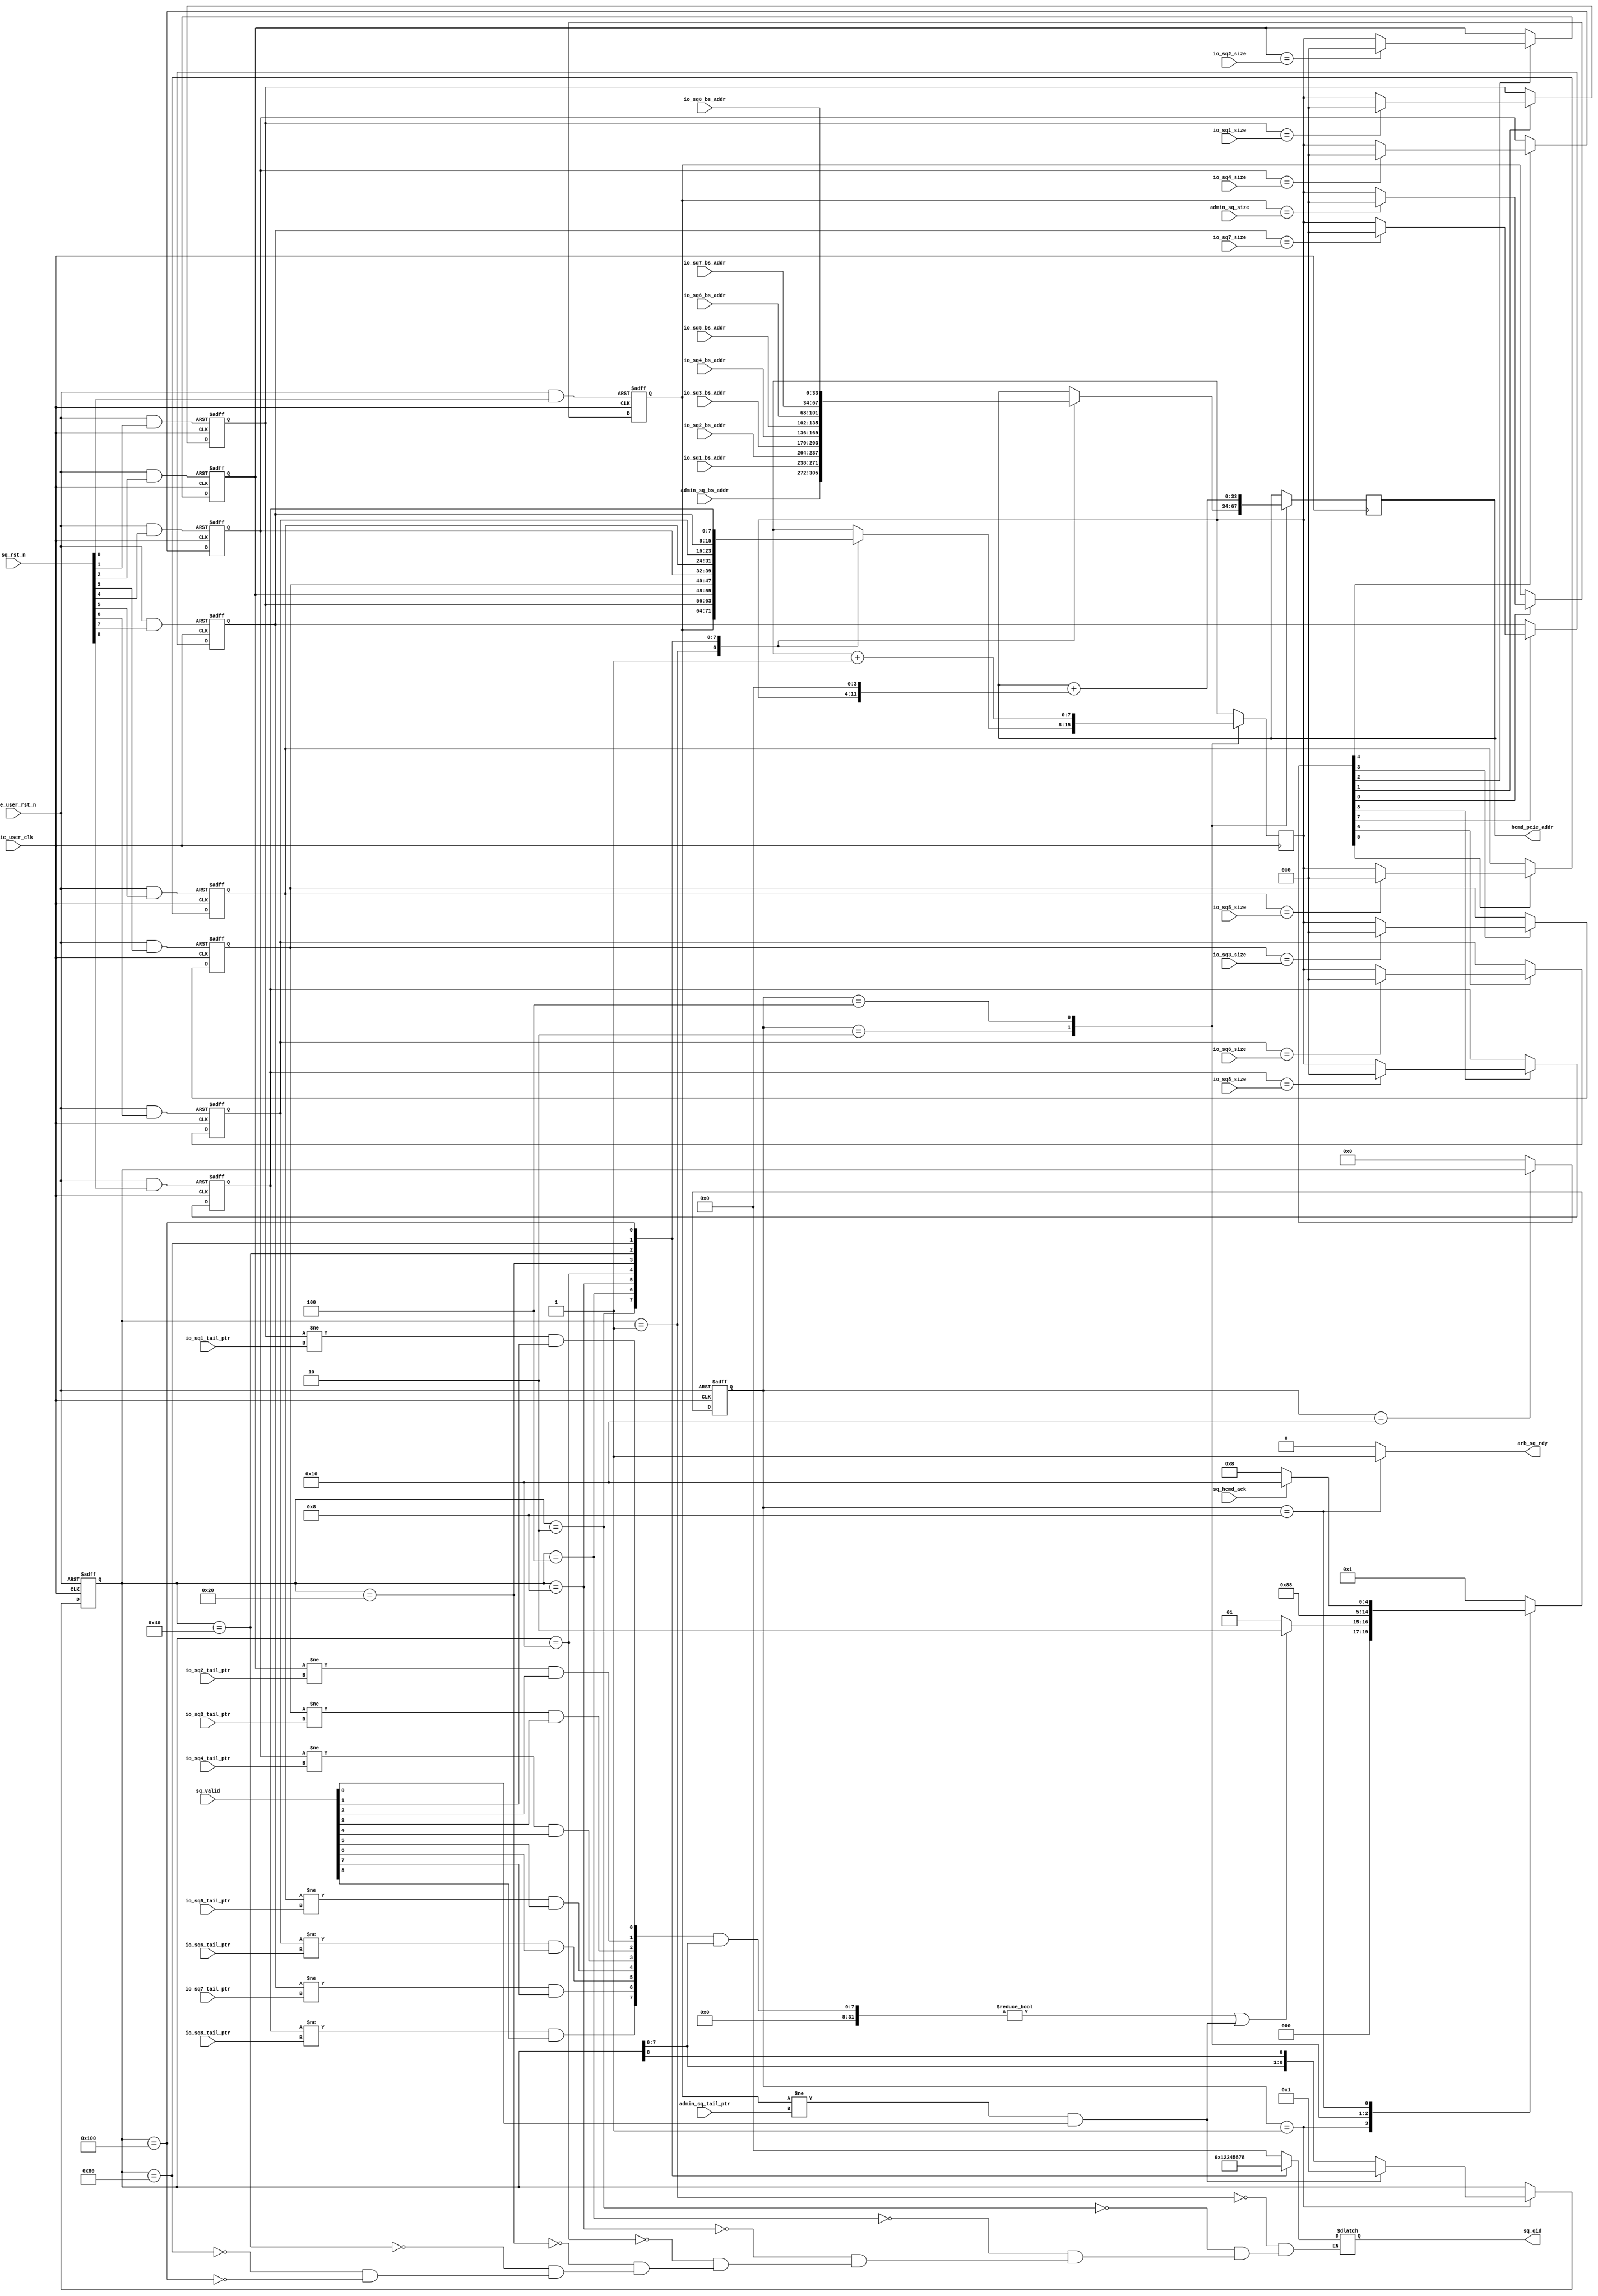

/*
----------------------------------------------------------------------------------
Copyright (c) 2013-2014

  Embedded and Network Computing Lab.
  Open SSD Project
  Hanyang University

All rights reserved.

----------------------------------------------------------------------------------

Redistribution and use in source and binary forms, with or without
modification, are permitted provided that the following conditions are
met:

  1. Redistributions of source code must retain the above copyright
     notice, this list of conditions and the following disclaimer.

  2. Redistributions in binary form must reproduce the above copyright
     notice, this list of conditions and the following disclaimer in the
     documentation and/or other materials provided with the distribution.

  3. All advertising materials mentioning features or use of this source code
     must display the following acknowledgement:
     This product includes source code developed 
     by the Embedded and Network Computing Lab. and the Open SSD Project.

THIS SOFTWARE IS PROVIDED BY THE COPYRIGHT HOLDERS AND CONTRIBUTORS "AS IS" AND
ANY EXPRESS OR IMPLIED WARRANTIES, INCLUDING, BUT NOT LIMITED TO, THE IMPLIED
WARRANTIES OF MERCHANTABILITY AND FITNESS FOR A PARTICULAR PURPOSE ARE
DISCLAIMED. IN NO EVENT SHALL THE COPYRIGHT OWNER OR CONTRIBUTORS BE LIABLE FOR
ANY DIRECT, INDIRECT, INCIDENTAL, SPECIAL, EXEMPLARY, OR CONSEQUENTIAL DAMAGES
(INCLUDING, BUT NOT LIMITED TO, PROCUREMENT OF SUBSTITUTE GOODS OR SERVICES;
LOSS OF USE, DATA, OR PROFITS; OR BUSINESS INTERRUPTION) HOWEVER CAUSED AND
ON ANY THEORY OF LIABILITY, WHETHER IN CONTRACT, STRICT LIABILITY, OR TORT
(INCLUDING NEGLIGENCE OR OTHERWISE) ARISING IN ANY WAY OUT OF THE USE OF THIS
SOFTWARE, EVEN IF ADVISED OF THE POSSIBILITY OF SUCH DAMAGE.

----------------------------------------------------------------------------------

http://enclab.hanyang.ac.kr/
http://www.openssd-project.org/
http://www.hanyang.ac.kr/

----------------------------------------------------------------------------------
*/


`timescale 1ns / 1ps


module pcie_hcmd_sq_arb # (
	parameter	C_PCIE_DATA_WIDTH			= 128,
	parameter	C_PCIE_ADDR_WIDTH			= 36
)
(
	input									pcie_user_clk,
	input									pcie_user_rst_n,

	input	[8:0]							sq_rst_n,
	input	[8:0]							sq_valid,

	input	[7:0]							admin_sq_size,
	input	[7:0]							io_sq1_size,
	input	[7:0]							io_sq2_size,
	input	[7:0]							io_sq3_size,
	input	[7:0]							io_sq4_size,
	input	[7:0]							io_sq5_size,
	input	[7:0]							io_sq6_size,
	input	[7:0]							io_sq7_size,
	input	[7:0]							io_sq8_size,

	input	[C_PCIE_ADDR_WIDTH-1:2]			admin_sq_bs_addr,
	input	[C_PCIE_ADDR_WIDTH-1:2]			io_sq1_bs_addr,
	input	[C_PCIE_ADDR_WIDTH-1:2]			io_sq2_bs_addr,
	input	[C_PCIE_ADDR_WIDTH-1:2]			io_sq3_bs_addr,
	input	[C_PCIE_ADDR_WIDTH-1:2]			io_sq4_bs_addr,
	input	[C_PCIE_ADDR_WIDTH-1:2]			io_sq5_bs_addr,
	input	[C_PCIE_ADDR_WIDTH-1:2]			io_sq6_bs_addr,
	input	[C_PCIE_ADDR_WIDTH-1:2]			io_sq7_bs_addr,
	input	[C_PCIE_ADDR_WIDTH-1:2]			io_sq8_bs_addr,

	input	[7:0]							admin_sq_tail_ptr,
	input	[7:0]							io_sq1_tail_ptr,
	input	[7:0]							io_sq2_tail_ptr,
	input	[7:0]							io_sq3_tail_ptr,
	input	[7:0]							io_sq4_tail_ptr,
	input	[7:0]							io_sq5_tail_ptr,
	input	[7:0]							io_sq6_tail_ptr,
	input	[7:0]							io_sq7_tail_ptr,
	input	[7:0]							io_sq8_tail_ptr,

	output									arb_sq_rdy,
	output	[3:0]							sq_qid,
	output	[C_PCIE_ADDR_WIDTH-1:2]			hcmd_pcie_addr,
	input									sq_hcmd_ack

);

localparam	S_ARB_HCMD						= 5'b00001;
localparam	S_LOAD_HEAD_PTR					= 5'b00010;
localparam	S_CALC_ADDR						= 5'b00100;
localparam	S_GNT_HCMD						= 5'b01000;
localparam	S_UPDATE_HEAD_PTR				= 5'b10000;

reg		[4:0]								cur_state;
reg		[4:0]								next_state;

reg		[7:0]								r_admin_sq_head_ptr;
reg		[7:0]								r_io_sq1_head_ptr;
reg		[7:0]								r_io_sq2_head_ptr;
reg		[7:0]								r_io_sq3_head_ptr;
reg		[7:0]								r_io_sq4_head_ptr;
reg		[7:0]								r_io_sq5_head_ptr;
reg		[7:0]								r_io_sq6_head_ptr;
reg		[7:0]								r_io_sq7_head_ptr;
reg		[7:0]								r_io_sq8_head_ptr;

reg											r_arb_sq_rdy;
reg		[3:0]								r_sq_qid;
reg		[7:0]								r_sq_head_ptr;
reg		[C_PCIE_ADDR_WIDTH-1:2]				r_hcmd_pcie_addr;


wire	[8:0]								w_sq_entry_valid;
wire										w_sq_entry_valid_ok;
reg		[8:0]								r_sq_entry_valid;
wire	[8:0]								w_sq_valid_mask;
reg		[8:0]								r_sq_update_entry;

wire	[8:0]								w_sq_rst_n;

assign arb_sq_rdy = r_arb_sq_rdy;
assign sq_qid = r_sq_qid;
assign hcmd_pcie_addr = r_hcmd_pcie_addr;

assign w_sq_entry_valid[0] = (r_admin_sq_head_ptr != admin_sq_tail_ptr) & sq_valid[0];
assign w_sq_entry_valid[1] = (r_io_sq1_head_ptr != io_sq1_tail_ptr) & sq_valid[1];
assign w_sq_entry_valid[2] = (r_io_sq2_head_ptr != io_sq2_tail_ptr) & sq_valid[2];
assign w_sq_entry_valid[3] = (r_io_sq3_head_ptr != io_sq3_tail_ptr) & sq_valid[3];
assign w_sq_entry_valid[4] = (r_io_sq4_head_ptr != io_sq4_tail_ptr) & sq_valid[4];
assign w_sq_entry_valid[5] = (r_io_sq5_head_ptr != io_sq5_tail_ptr) & sq_valid[5];
assign w_sq_entry_valid[6] = (r_io_sq6_head_ptr != io_sq6_tail_ptr) & sq_valid[6];
assign w_sq_entry_valid[7] = (r_io_sq7_head_ptr != io_sq7_tail_ptr) & sq_valid[7];
assign w_sq_entry_valid[8] = (r_io_sq8_head_ptr != io_sq8_tail_ptr) & sq_valid[8];

assign w_sq_valid_mask = {r_sq_entry_valid[7:0], r_sq_entry_valid[8]};
assign w_sq_entry_valid_ok = ((w_sq_entry_valid[8:1] & w_sq_valid_mask[8:1]) != 0) | w_sq_entry_valid[0];

always @ (posedge pcie_user_clk or negedge pcie_user_rst_n)
begin
	if(pcie_user_rst_n == 0)
		cur_state <= S_ARB_HCMD;
	else
		cur_state <= next_state;
end

always @ (*)
begin
	case(cur_state)
		S_ARB_HCMD: begin
			if(w_sq_entry_valid_ok == 1)
				next_state <= S_LOAD_HEAD_PTR;
			else
				next_state <= S_ARB_HCMD;
		end
		S_LOAD_HEAD_PTR: begin
			next_state <= S_CALC_ADDR;
		end
		S_CALC_ADDR: begin
			next_state <= S_GNT_HCMD;
		end
		S_GNT_HCMD: begin
			if(sq_hcmd_ack == 1)
				next_state <= S_UPDATE_HEAD_PTR;
			else
				next_state <= S_GNT_HCMD;
		end
		S_UPDATE_HEAD_PTR: begin
			next_state <= S_ARB_HCMD;
		end
		default: begin
			next_state <= S_ARB_HCMD;
		end
	endcase
end

always @ (posedge pcie_user_clk or negedge pcie_user_rst_n)
begin
	if(pcie_user_rst_n == 0) begin
		r_sq_entry_valid <= 1;
	end
	else begin
		case(cur_state)
			S_ARB_HCMD: begin
				if(w_sq_entry_valid[0] == 1)
					r_sq_entry_valid <= 1;
				else
					r_sq_entry_valid <= w_sq_valid_mask;
			end
			S_LOAD_HEAD_PTR: begin

			end
			S_CALC_ADDR: begin

			end
			S_GNT_HCMD: begin

			end
			S_UPDATE_HEAD_PTR: begin

			end
			default: begin

			end
		endcase
	end
end

always @ (posedge pcie_user_clk)
begin
	case(cur_state)
		S_ARB_HCMD: begin

		end
		S_LOAD_HEAD_PTR: begin
			case(r_sq_entry_valid) // synthesis parallel_case full_case
				9'b000000001: begin
					r_hcmd_pcie_addr <= admin_sq_bs_addr;
					r_sq_head_ptr <= r_admin_sq_head_ptr;
				end
				9'b000000010: begin
					r_hcmd_pcie_addr <= io_sq1_bs_addr;
					r_sq_head_ptr <= r_io_sq1_head_ptr;
				end
				9'b000000100: begin
					r_hcmd_pcie_addr <= io_sq2_bs_addr;
					r_sq_head_ptr <= r_io_sq2_head_ptr;
				end
				9'b000001000: begin
					r_hcmd_pcie_addr <= io_sq3_bs_addr;
					r_sq_head_ptr <= r_io_sq3_head_ptr;
				end
				9'b000010000: begin
					r_hcmd_pcie_addr <= io_sq4_bs_addr;
					r_sq_head_ptr <= r_io_sq4_head_ptr;
				end
				9'b000100000: begin
					r_hcmd_pcie_addr <= io_sq5_bs_addr;
					r_sq_head_ptr <= r_io_sq5_head_ptr;
				end
				9'b001000000: begin
					r_hcmd_pcie_addr <= io_sq6_bs_addr;
					r_sq_head_ptr <= r_io_sq6_head_ptr;
				end
				9'b010000000: begin
					r_hcmd_pcie_addr <= io_sq7_bs_addr;
					r_sq_head_ptr <= r_io_sq7_head_ptr;
				end
				9'b100000000: begin
					r_hcmd_pcie_addr <= io_sq8_bs_addr;
					r_sq_head_ptr <= r_io_sq8_head_ptr;
				end
			endcase
		end
		S_CALC_ADDR: begin
			r_hcmd_pcie_addr <= r_hcmd_pcie_addr + {r_sq_head_ptr, 4'b0};
			r_sq_head_ptr <= r_sq_head_ptr + 1;
		end
		S_GNT_HCMD: begin

		end
		S_UPDATE_HEAD_PTR: begin

		end
		default: begin

		end
	endcase
end

always @ (*)
begin
	case(cur_state)
		S_ARB_HCMD: begin
			r_arb_sq_rdy <= 0;
			r_sq_update_entry <= 0;
		end
		S_LOAD_HEAD_PTR: begin
			r_arb_sq_rdy <= 0;
			r_sq_update_entry <= 0;
		end
		S_CALC_ADDR: begin
			r_arb_sq_rdy <= 0;
			r_sq_update_entry <= 0;
		end
		S_GNT_HCMD: begin
			r_arb_sq_rdy <= 1;
			r_sq_update_entry <= 0;
		end
		S_UPDATE_HEAD_PTR: begin
			r_arb_sq_rdy <= 0;
			r_sq_update_entry <= r_sq_entry_valid;
		end
		default: begin
			r_arb_sq_rdy <= 0;
			r_sq_update_entry <= 0;
		end
	endcase
end

always @ (*)
begin
	case(r_sq_entry_valid) // synthesis parallel_case full_case
		9'b000000001: r_sq_qid <= 4'h0;
		9'b000000010: r_sq_qid <= 4'h1;
		9'b000000100: r_sq_qid <= 4'h2;
		9'b000001000: r_sq_qid <= 4'h3;
		9'b000010000: r_sq_qid <= 4'h4;
		9'b000100000: r_sq_qid <= 4'h5;
		9'b001000000: r_sq_qid <= 4'h6;
		9'b010000000: r_sq_qid <= 4'h7;
		9'b100000000: r_sq_qid <= 4'h8;
	endcase
end

assign w_sq_rst_n[0] = pcie_user_rst_n & sq_rst_n[0];
assign w_sq_rst_n[1] = pcie_user_rst_n & sq_rst_n[1];
assign w_sq_rst_n[2] = pcie_user_rst_n & sq_rst_n[2];
assign w_sq_rst_n[3] = pcie_user_rst_n & sq_rst_n[3];
assign w_sq_rst_n[4] = pcie_user_rst_n & sq_rst_n[4];
assign w_sq_rst_n[5] = pcie_user_rst_n & sq_rst_n[5];
assign w_sq_rst_n[6] = pcie_user_rst_n & sq_rst_n[6];
assign w_sq_rst_n[7] = pcie_user_rst_n & sq_rst_n[7];
assign w_sq_rst_n[8] = pcie_user_rst_n & sq_rst_n[8];

always @ (posedge pcie_user_clk or negedge w_sq_rst_n[0])
begin
	if(w_sq_rst_n[0] == 0) begin
		r_admin_sq_head_ptr <= 0;
	end
	else begin
		if(r_sq_update_entry[0] == 1) begin
			if(r_admin_sq_head_ptr == admin_sq_size) begin
				r_admin_sq_head_ptr <= 0;
			end
			else begin
				r_admin_sq_head_ptr <= r_sq_head_ptr;
			end
		end
	end
end

always @ (posedge pcie_user_clk or negedge w_sq_rst_n[1])
begin
	if(w_sq_rst_n[1] == 0) begin
		r_io_sq1_head_ptr <= 0;
	end
	else begin
		if(r_sq_update_entry[1] == 1) begin
			if(r_io_sq1_head_ptr == io_sq1_size) begin
				r_io_sq1_head_ptr <= 0;
			end
			else begin
				r_io_sq1_head_ptr <= r_sq_head_ptr;
			end
		end
	end
end

always @ (posedge pcie_user_clk or negedge w_sq_rst_n[2])
begin
	if(w_sq_rst_n[2] == 0) begin
		r_io_sq2_head_ptr <= 0;
	end
	else begin
		if(r_sq_update_entry[2] == 1) begin
			if(r_io_sq2_head_ptr == io_sq2_size) begin
				r_io_sq2_head_ptr <= 0;
			end
			else begin
				r_io_sq2_head_ptr <= r_sq_head_ptr;
			end
		end
	end
end

always @ (posedge pcie_user_clk or negedge w_sq_rst_n[3])
begin
	if(w_sq_rst_n[3] == 0) begin
		r_io_sq3_head_ptr <= 0;
	end
	else begin
		if(r_sq_update_entry[3] == 1) begin
			if(r_io_sq3_head_ptr == io_sq3_size) begin
				r_io_sq3_head_ptr <= 0;
			end
			else begin
				r_io_sq3_head_ptr <= r_sq_head_ptr;
			end
		end
	end
end

always @ (posedge pcie_user_clk or negedge w_sq_rst_n[4])
begin
	if(w_sq_rst_n[4] == 0) begin
		r_io_sq4_head_ptr <= 0;
	end
	else begin
		if(r_sq_update_entry[4] == 1) begin
			if(r_io_sq4_head_ptr == io_sq4_size) begin
				r_io_sq4_head_ptr <= 0;
			end
			else begin
				r_io_sq4_head_ptr <= r_sq_head_ptr;
			end
		end
	end
end

always @ (posedge pcie_user_clk or negedge w_sq_rst_n[5])
begin
	if(w_sq_rst_n[5] == 0) begin
		r_io_sq5_head_ptr <= 0;
	end
	else begin
		if(r_sq_update_entry[5] == 1) begin
			if(r_io_sq5_head_ptr == io_sq5_size) begin
				r_io_sq5_head_ptr <= 0;
			end
			else begin
				r_io_sq5_head_ptr <= r_sq_head_ptr;
			end
		end
	end
end

always @ (posedge pcie_user_clk or negedge w_sq_rst_n[6])
begin
	if(w_sq_rst_n[6] == 0) begin
		r_io_sq6_head_ptr <= 0;
	end
	else begin
		if(r_sq_update_entry[6] == 1) begin
			if(r_io_sq6_head_ptr == io_sq6_size) begin
				r_io_sq6_head_ptr <= 0;
			end
			else begin
				r_io_sq6_head_ptr <= r_sq_head_ptr;
			end
		end
	end
end

always @ (posedge pcie_user_clk or negedge w_sq_rst_n[7])
begin
	if(w_sq_rst_n[7] == 0) begin
		r_io_sq7_head_ptr <= 0;
	end
	else begin
		if(r_sq_update_entry[7] == 1) begin
			if(r_io_sq7_head_ptr == io_sq7_size) begin
				r_io_sq7_head_ptr <= 0;
			end
			else begin
				r_io_sq7_head_ptr <= r_sq_head_ptr;
			end
		end
	end
end

always @ (posedge pcie_user_clk or negedge w_sq_rst_n[8])
begin
	if(w_sq_rst_n[8] == 0) begin
		r_io_sq8_head_ptr <= 0;
	end
	else begin
		if(r_sq_update_entry[8] == 1) begin
			if(r_io_sq8_head_ptr == io_sq8_size) begin
				r_io_sq8_head_ptr <= 0;
			end
			else begin
				r_io_sq8_head_ptr <= r_sq_head_ptr;
			end
		end
	end
end

endmodule